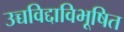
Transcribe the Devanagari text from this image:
उच्चविद्दाविभूषित